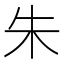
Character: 朱